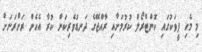
މި މެހި ފީވަކުގައި ކޮންޓްރޯލް ކުރުމަށާއި ރާއްޖޭގެ ދަނޑުވެރިކަން ކުރާ އެހެން ރަށްރަށަށް